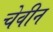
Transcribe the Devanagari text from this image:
चेवीन